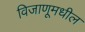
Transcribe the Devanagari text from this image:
विजाणूमधील